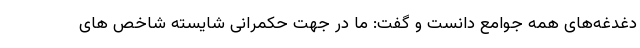
دغدغه‌های همه جوامع دانست و گفت: ما در جهت حکمرانی شایسته شاخص های